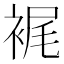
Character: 𧚟